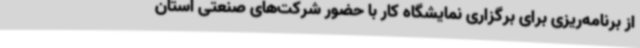
از برنامه‌ریزی برای برگزاری نمایشگاه کار با حضور شرکت‌های صنعتی استان